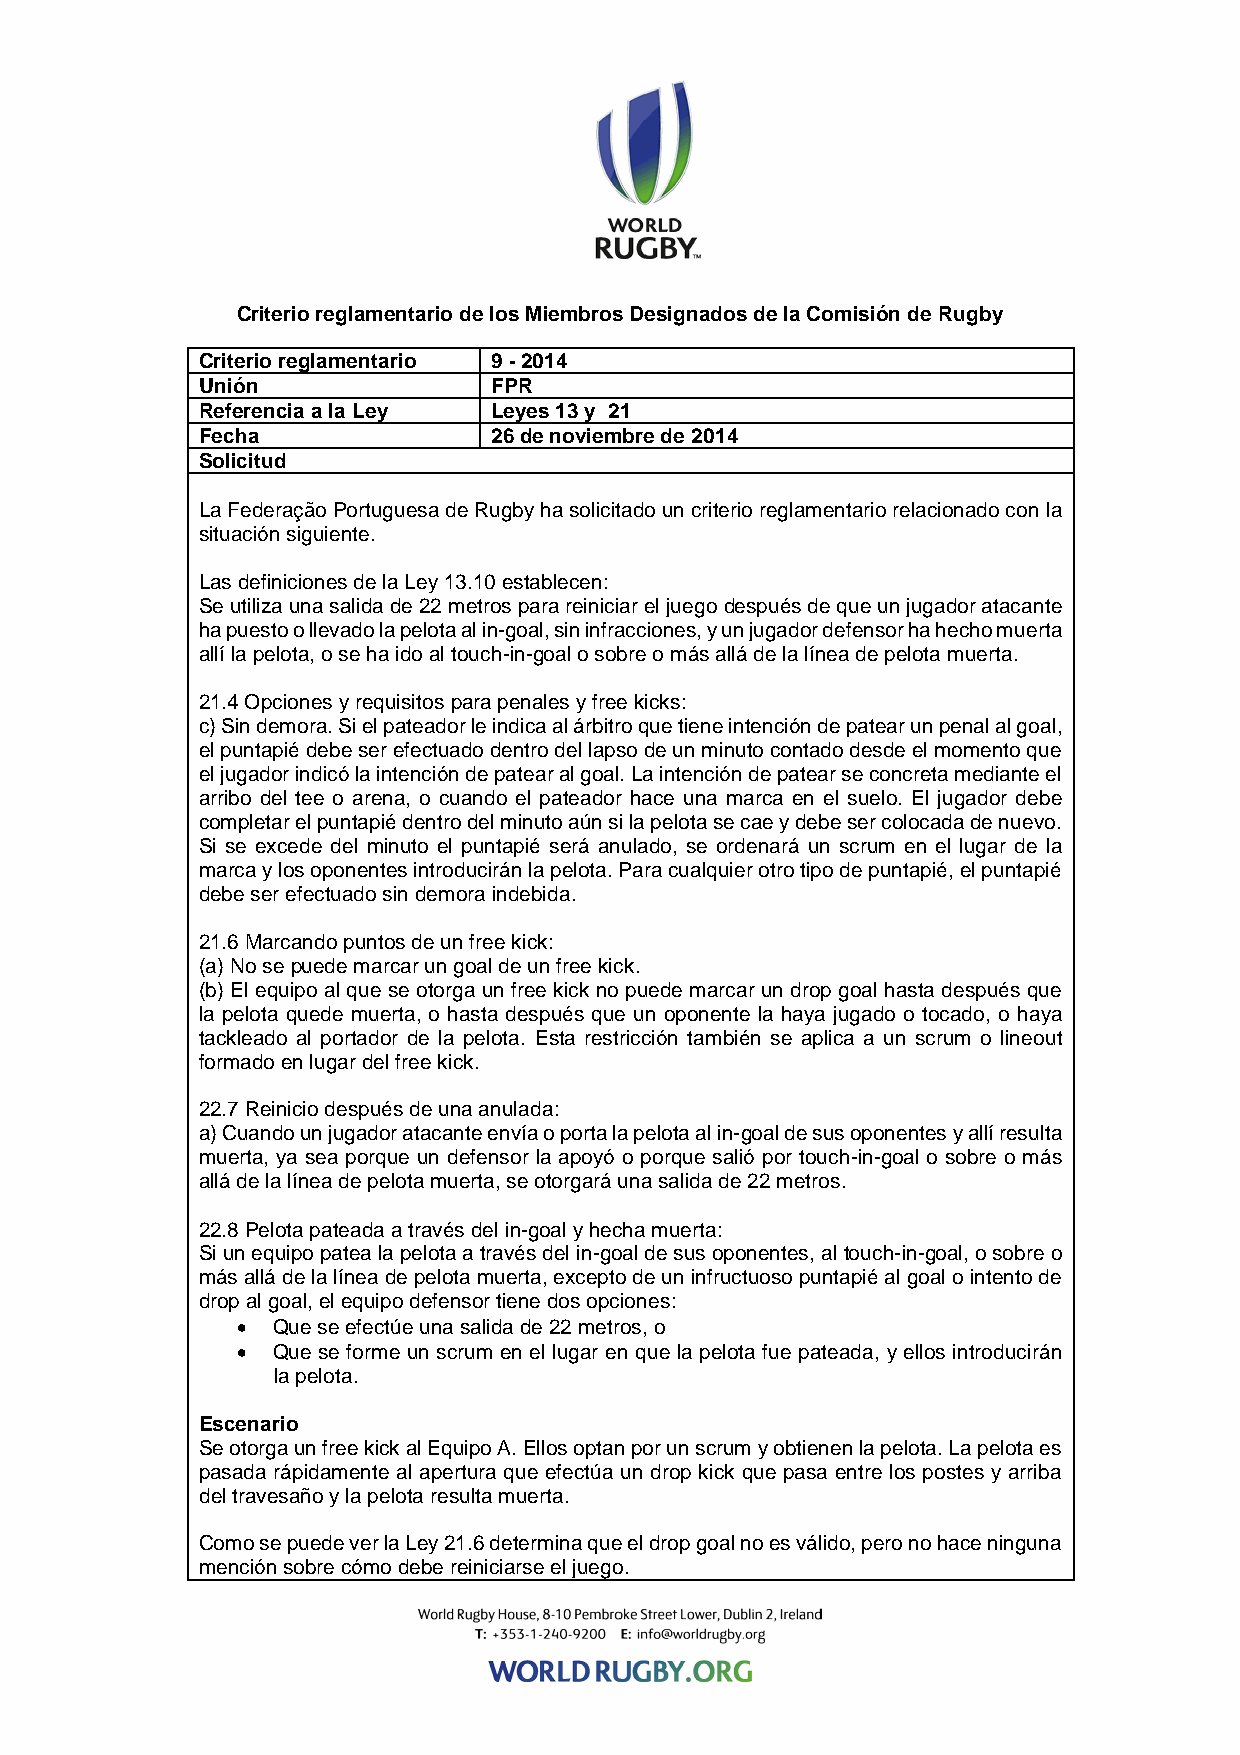
Criterio reglamentario de los Miembros Designados de la Comisión de Rugby
 Criterio reglamentario 9 - 2014
 Unión               FPR
 Referencia a la Ley Leyes 13 y 21
 Fecha               26 de noviembre de 2014
 Solicitud
 La Federação Portuguesa de Rugby ha solicitado un criterio reglamentario relacionado con la
 situación siguiente.
 Las definiciones de la Ley 13.10 establecen:
 Se utiliza una salida de 22 metros para reiniciar el juego después de que un jugador atacante
 ha puesto o llevado la pelota al in-goal, sin infracciones, y un jugador defensor ha hecho muerta
 allí la pelota, o se ha ido al touch-in-goal o sobre o más allá de la línea de pelota muerta.
 21.4 Opciones y requisitos para penales y free kicks:
 c) Sin demora. Si el pateador le indica al árbitro que tiene intención de patear un penal al goal,
 el puntapié debe ser efectuado dentro del lapso de un minuto contado desde el momento que
 el jugador indicó la intención de patear al goal. La intención de patear se concreta mediante el
 arribo del tee o arena, o cuando el pateador hace una marca en el suelo. El jugador debe
 completar el puntapié dentro del minuto aún si la pelota se cae y debe ser colocada de nuevo.
 Si se excede del minuto el puntapié será anulado, se ordenará un scrum en el lugar de la
 marca y los oponentes introducirán la pelota. Para cualquier otro tipo de puntapié, el puntapié
 debe ser efectuado sin demora indebida.
 21.6 Marcando puntos de un free kick:
 (a) No se puede marcar un goal de un free kick.
 (b) El equipo al que se otorga un free kick no puede marcar un drop goal hasta después que
 la pelota quede muerta, o hasta después que un oponente la haya jugado o tocado, o haya
 tackleado al portador de la pelota. Esta restricción también se aplica a un scrum o lineout
 formado en lugar del free kick.
 22.7 Reinicio después de una anulada:
 a) Cuando un jugador atacante envía o porta la pelota al in-goal de sus oponentes y allí resulta
 muerta, ya sea porque un defensor la apoyó o porque salió por touch-in-goal o sobre o más
 allá de la línea de pelota muerta, se otorgará una salida de 22 metros.
 22.8 Pelota pateada a través del in-goal y hecha muerta:
 Si un equipo patea la pelota a través del in-goal de sus oponentes, al touch-in-goal, o sobre o
 más allá de la línea de pelota muerta, excepto de un infructuoso puntapié al goal o intento de
 drop al goal, el equipo defensor tiene dos opciones:
 • Que se efectúe una salida de 22 metros, o
 • Que se forme un scrum en el lugar en que la pelota fue pateada, y ellos introducirán
 la pelota.
 Escenario
 Se otorga un free kick al Equipo A. Ellos optan por un scrum y obtienen la pelota. La pelota es
 pasada rápidamente al apertura que efectúa un drop kick que pasa entre los postes y arriba
 del travesaño y la pelota resulta muerta.
 Como se puede ver la Ley 21.6 determina que el drop goal no es válido, pero no hace ninguna
 mención sobre cómo debe reiniciarse el juego.